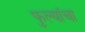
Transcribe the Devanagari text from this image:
फुल्यांचा